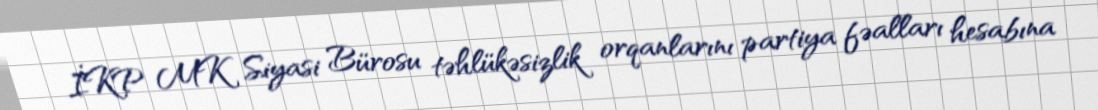
İKP MK Siyasi Bürosu təhlükəsizlik orqanlarını partiya fəalları hesabına